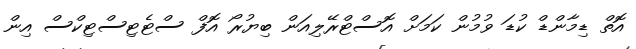
އޮތް ޑިމާންޑް ކުޑަ ވުމުން ކަމަށް އޮސްޓްރޭލިއަން ބިޔުރޯ އޮފް ސްޓެޓިސްޓިކްސް އިން